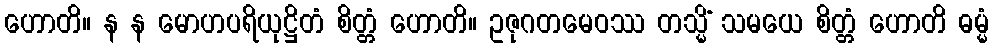
ဟောတိ။ န န မောဟပရိယုဋ္ဌိတံ စိတ္တံ ဟောတိ။ ဥဇုဂတမေဝဿ တသ္မိံ သမယေ စိတ္တံ ဟောတိ ဓမ္မံ